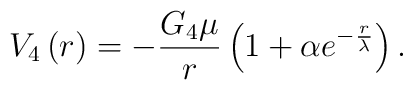
V_4\left( r\right) = -\frac{G_4 \mu}{r}\left( 1 +\alpha  e^{-\frac{r}{\lambda}}\right).